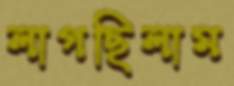
লাগছিলাম